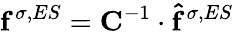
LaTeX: \mathbf{f}^{\sigma,ES}=\mathbf{C}^{-1}\cdot\mathbf{\hat{f}}^{\sigma,ES}